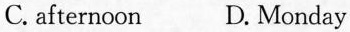
C.afternoon D. Monday